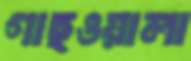
গাছওয়ালা